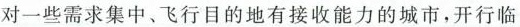
对一些需求集中，飞行目的地有接收能力的城市，开行临